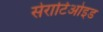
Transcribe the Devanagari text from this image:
सेराटिओइड